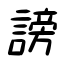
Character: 謗